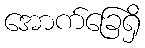
အောက်ခြေရှိ